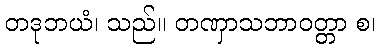
တဒုဘယံ၊ သည်။ တဏှာသဘာဝတ္တာ စ၊